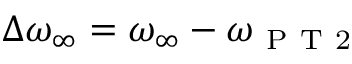
\Delta \omega _ { \infty } = \omega _ { \infty } - \omega _ { \mathrm { ~ P ~ T ~ 2 ~ } }